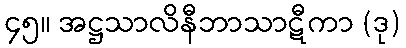
၄၅။ အဋ္ဌသာလိနီဘာသာဋီကာ (ဒု)